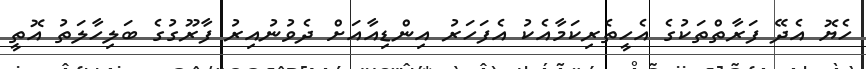
ހެޔޮ އެދޭ ފަރާތްތަކުގެ އެހީތެރިކަމާއެކު އެފަހަރު އިންޑިއާއަށް ދެވުނުއިރު ފާރޫގުގެ ބަލިހާލަތު އޮތީ